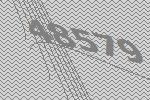
48579